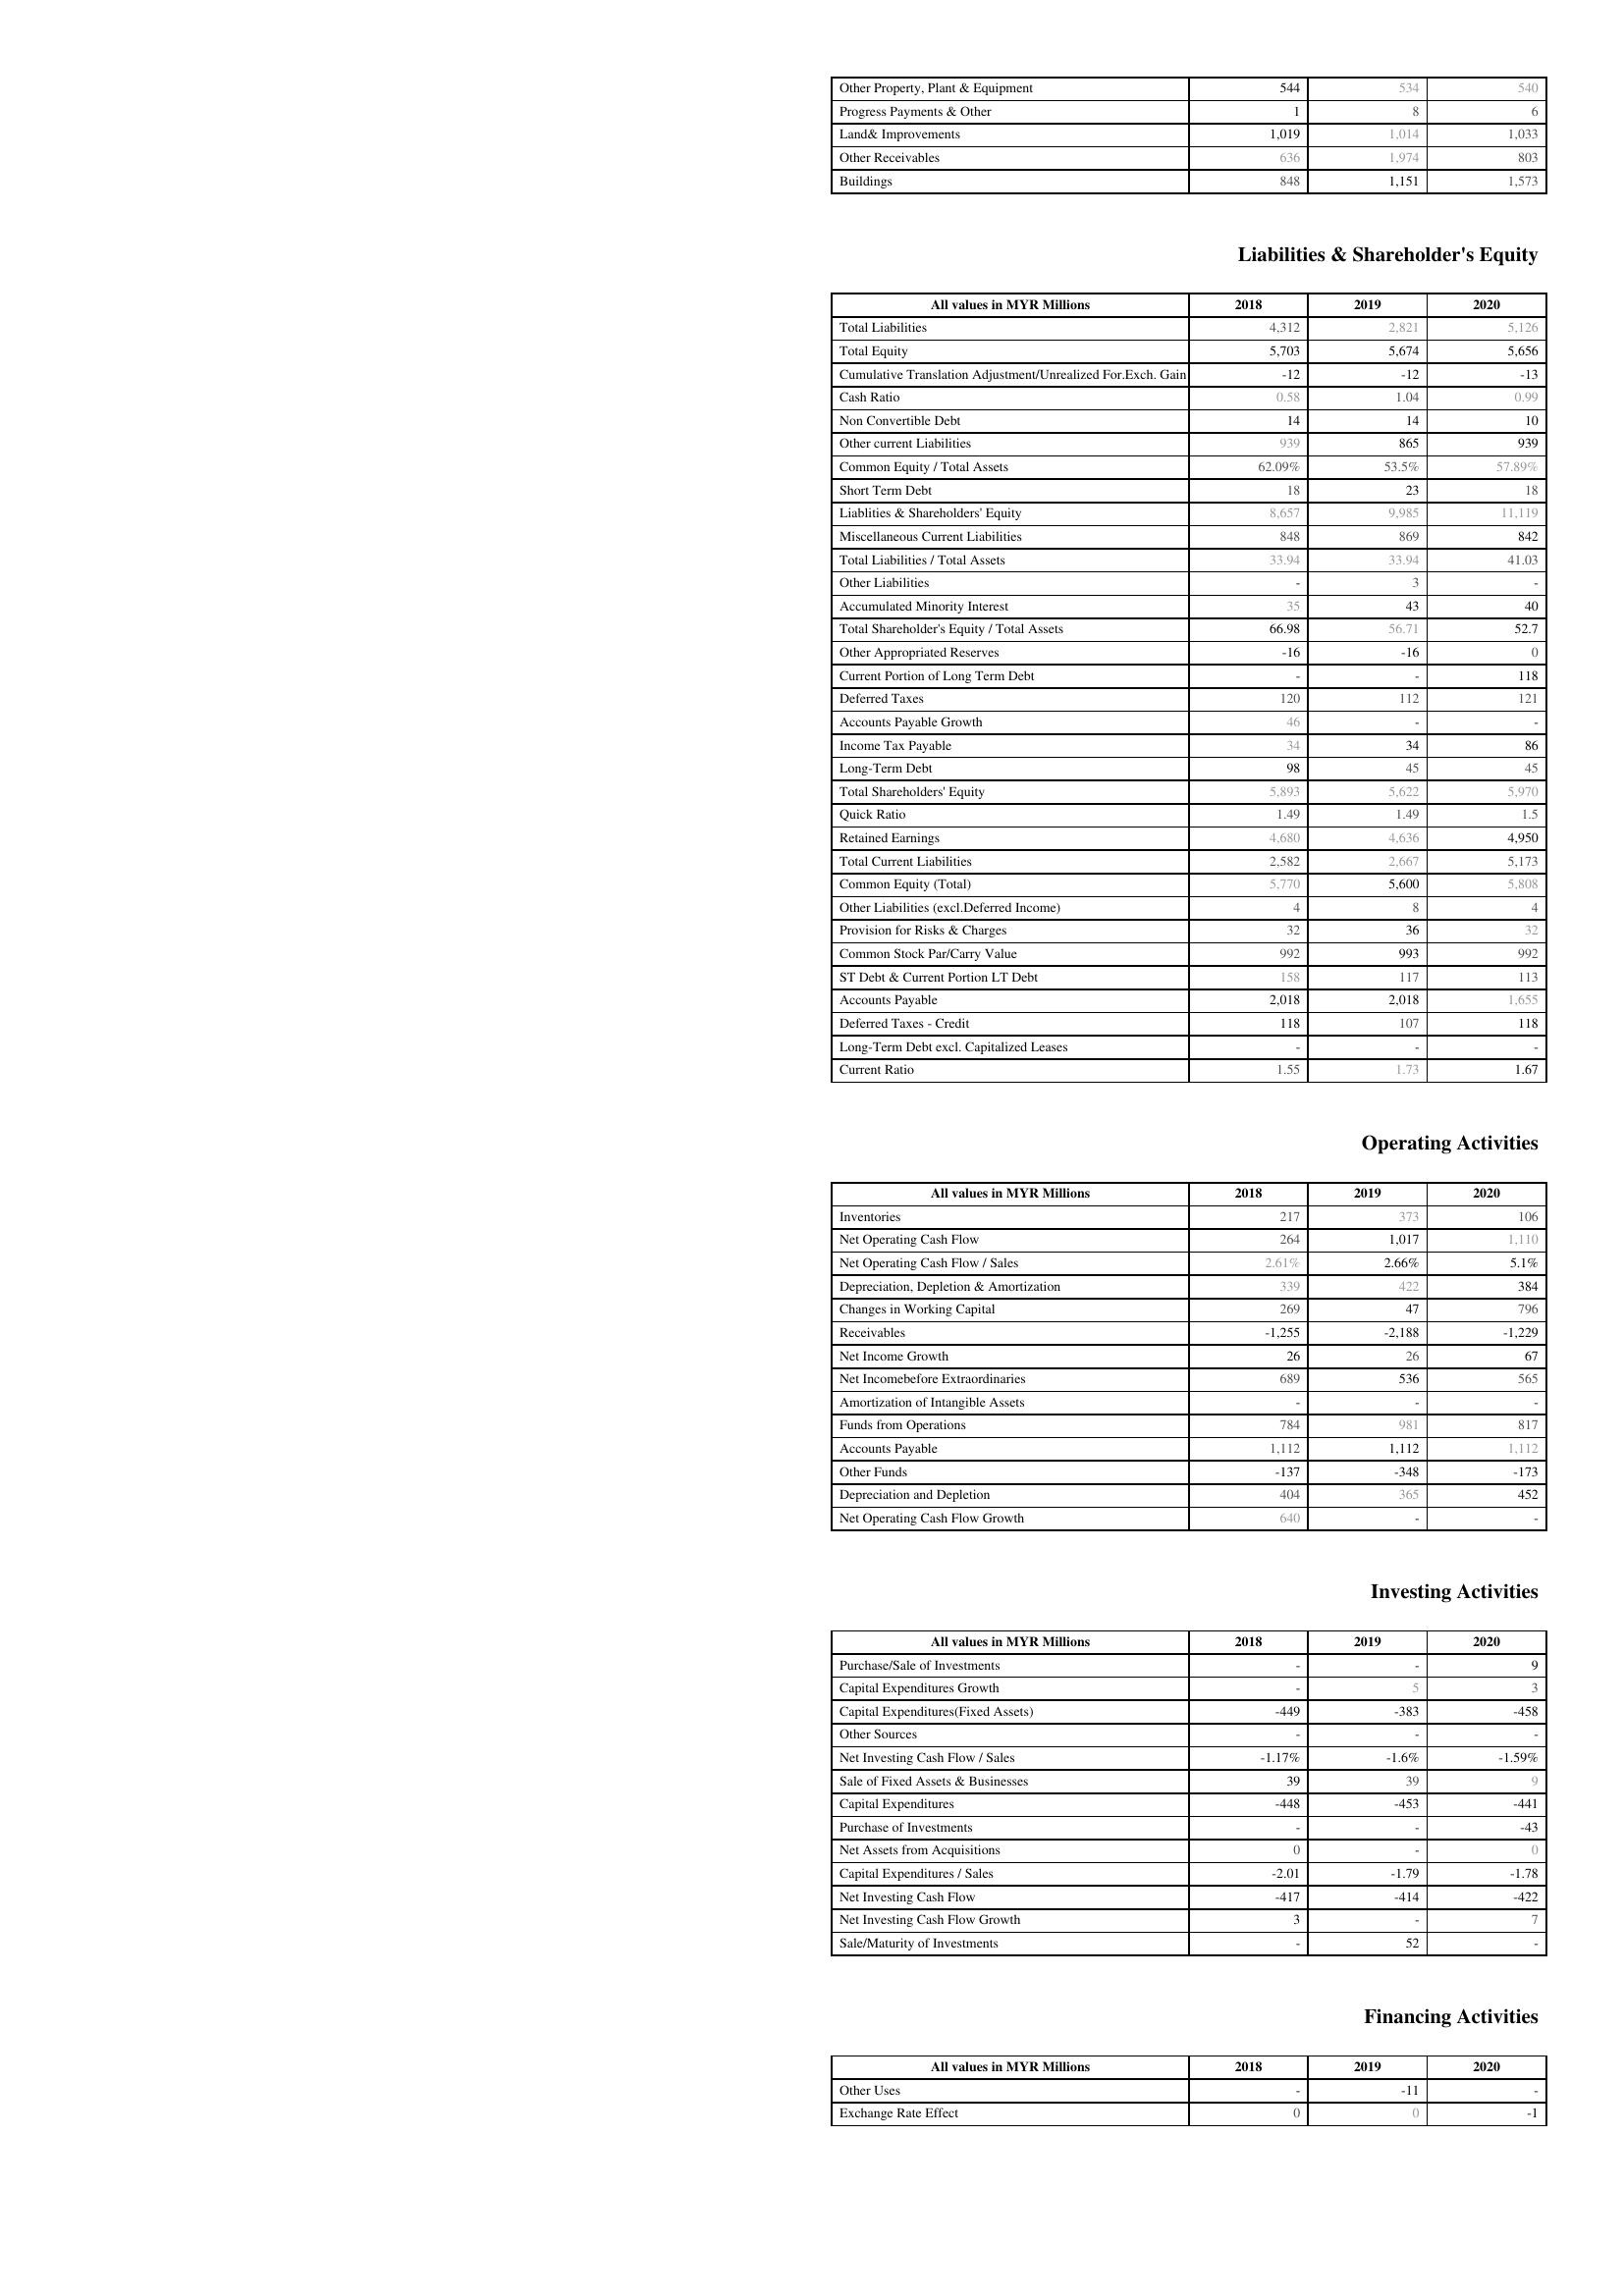
2018: Assets: Other Property, Plant & Equipment: 544
Progress Payments & Other: 1
Land& Improvements: 1,019
Other Receivables: 636
Buildings: 848
Liabilities & Shareholder's Equity: Total Liabilities: 4,312
Total Equity: 5,703
Cumulative Translation Adjustment/Unrealized For.Exch. Gain: -12
Cash Ratio: 0.58
Non Convertible Debt: 14
Other current Liabilities: 939
Common Equity / Total Assets: 62.09%
Short Term Debt: 18
Liablities & Shareholders' Equity: 8,657
Miscellaneous Current Liabilities: 848
Total Liabilities / Total Assets: 33.94
Other Liabilities: -
Accumulated Minority Interest: 35
Total Shareholder's Equity / Total Assets: 66.98
Other Appropriated Reserves: -16
Current Portion of Long Term Debt: -
Deferred Taxes: 120
Accounts Payable Growth: 46
Income Tax Payable: 34
Long-Term Debt: 98
Total Shareholders' Equity: 5,893
Quick Ratio: 1.49
Retained Earnings: 4,680
Total Current Liabilities: 2,582
Common Equity (Total): 5,770
Other Liabilities (excl.Deferred Income): 4
Provision for Risks & Charges: 32
Common Stock Par/Carry Value: 992
ST Debt & Current Portion LT Debt: 158
Accounts Payable: 2,018
Deferred Taxes - Credit: 118
Long-Term Debt excl. Capitalized Leases: -
Current Ratio: 1.55
Operating Activities: Inventories: 217
Net Operating Cash Flow: 264
Net Operating Cash Flow / Sales: 2.61%
Depreciation, Depletion & Amortization: 339
Changes in Working Capital: 269
Receivables: -1,255
Net Income Growth: 26
Net Incomebefore Extraordinaries: 689
Amortization of Intangible Assets: -
Funds from Operations: 784
Accounts Payable: 1,112
Other Funds: -137
Depreciation and Depletion: 404
Net Operating Cash Flow Growth: 640
Investing Activities: Purchase/Sale of Investments: -
Capital Expenditures Growth: -
Capital Expenditures(Fixed Assets): -449
Other Sources: -
Net Investing Cash Flow / Sales: -1.17%
Sale of Fixed Assets & Businesses: 39
Capital Expenditures: -448
Purchase of Investments: -
Net Assets from Acquisitions: 0
Capital Expenditures / Sales: -2.01
Net Investing Cash Flow: -417
Net Investing Cash Flow Growth: 3
Sale/Maturity of Investments: -
Financing Activities: Other Uses: -
Exchange Rate Effect: 0
2019: Assets: Other Property, Plant & Equipment: 534
Progress Payments & Other: 8
Land& Improvements: 1,014
Other Receivables: 1,974
Buildings: 1,151
Liabilities & Shareholder's Equity: Total Liabilities: 2,821
Total Equity: 5,674
Cumulative Translation Adjustment/Unrealized For.Exch. Gain: -12
Cash Ratio: 1.04
Non Convertible Debt: 14
Other current Liabilities: 865
Common Equity / Total Assets: 53.5%
Short Term Debt: 23
Liablities & Shareholders' Equity: 9,985
Miscellaneous Current Liabilities: 869
Total Liabilities / Total Assets: 33.94
Other Liabilities: 3
Accumulated Minority Interest: 43
Total Shareholder's Equity / Total Assets: 56.71
Other Appropriated Reserves: -16
Current Portion of Long Term Debt: -
Deferred Taxes: 112
Accounts Payable Growth: -
Income Tax Payable: 34
Long-Term Debt: 45
Total Shareholders' Equity: 5,622
Quick Ratio: 1.49
Retained Earnings: 4,636
Total Current Liabilities: 2,667
Common Equity (Total): 5,600
Other Liabilities (excl.Deferred Income): 8
Provision for Risks & Charges: 36
Common Stock Par/Carry Value: 993
ST Debt & Current Portion LT Debt: 117
Accounts Payable: 2,018
Deferred Taxes - Credit: 107
Long-Term Debt excl. Capitalized Leases: -
Current Ratio: 1.73
Operating Activities: Inventories: 373
Net Operating Cash Flow: 1,017
Net Operating Cash Flow / Sales: 2.66%
Depreciation, Depletion & Amortization: 422
Changes in Working Capital: 47
Receivables: -2,188
Net Income Growth: 26
Net Incomebefore Extraordinaries: 536
Amortization of Intangible Assets: -
Funds from Operations: 981
Accounts Payable: 1,112
Other Funds: -348
Depreciation and Depletion: 365
Net Operating Cash Flow Growth: -
Investing Activities: Purchase/Sale of Investments: -
Capital Expenditures Growth: 5
Capital Expenditures(Fixed Assets): -383
Other Sources: -
Net Investing Cash Flow / Sales: -1.6%
Sale of Fixed Assets & Businesses: 39
Capital Expenditures: -453
Purchase of Investments: -
Net Assets from Acquisitions: -
Capital Expenditures / Sales: -1.79
Net Investing Cash Flow: -414
Net Investing Cash Flow Growth: -
Sale/Maturity of Investments: 52
Financing Activities: Other Uses: -11
Exchange Rate Effect: 0
2020: Assets: Other Property, Plant & Equipment: 540
Progress Payments & Other: 6
Land& Improvements: 1,033
Other Receivables: 803
Buildings: 1,573
Liabilities & Shareholder's Equity: Total Liabilities: 5,126
Total Equity: 5,656
Cumulative Translation Adjustment/Unrealized For.Exch. Gain: -13
Cash Ratio: 0.99
Non Convertible Debt: 10
Other current Liabilities: 939
Common Equity / Total Assets: 57.89%
Short Term Debt: 18
Liablities & Shareholders' Equity: 11,119
Miscellaneous Current Liabilities: 842
Total Liabilities / Total Assets: 41.03
Other Liabilities: -
Accumulated Minority Interest: 40
Total Shareholder's Equity / Total Assets: 52.7
Other Appropriated Reserves: 0
Current Portion of Long Term Debt: 118
Deferred Taxes: 121
Accounts Payable Growth: -
Income Tax Payable: 86
Long-Term Debt: 45
Total Shareholders' Equity: 5,970
Quick Ratio: 1.5
Retained Earnings: 4,950
Total Current Liabilities: 5,173
Common Equity (Total): 5,808
Other Liabilities (excl.Deferred Income): 4
Provision for Risks & Charges: 32
Common Stock Par/Carry Value: 992
ST Debt & Current Portion LT Debt: 113
Accounts Payable: 1,655
Deferred Taxes - Credit: 118
Long-Term Debt excl. Capitalized Leases: -
Current Ratio: 1.67
Operating Activities: Inventories: 106
Net Operating Cash Flow: 1,110
Net Operating Cash Flow / Sales: 5.1%
Depreciation, Depletion & Amortization: 384
Changes in Working Capital: 796
Receivables: -1,229
Net Income Growth: 67
Net Incomebefore Extraordinaries: 565
Amortization of Intangible Assets: -
Funds from Operations: 817
Accounts Payable: 1,112
Other Funds: -173
Depreciation and Depletion: 452
Net Operating Cash Flow Growth: -
Investing Activities: Purchase/Sale of Investments: 9
Capital Expenditures Growth: 3
Capital Expenditures(Fixed Assets): -458
Other Sources: -
Net Investing Cash Flow / Sales: -1.59%
Sale of Fixed Assets & Businesses: 9
Capital Expenditures: -441
Purchase of Investments: -43
Net Assets from Acquisitions: 0
Capital Expenditures / Sales: -1.78
Net Investing Cash Flow: -422
Net Investing Cash Flow Growth: 7
Sale/Maturity of Investments: -
Financing Activities: Other Uses: -
Exchange Rate Effect: -1